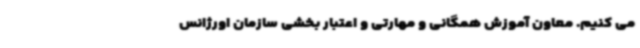
می کنیم. معاون آموزش همگانی و مهارتی و اعتبار بخشی سازمان اورژانس